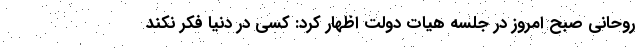
روحانی صبح امروز در جلسه هیات دولت اظهار کرد: کسی در دنیا فکر نکند